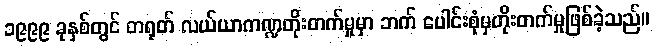
၁၉၉၉ ခုနှစ်တွင် တရုတ် လယ်ယာကဏ္ဍတိုးတက်မှုမှာ ဘက် ပေါင်းစုံမှတိုးတက်မှုဖြစ်ခဲ့သည်။